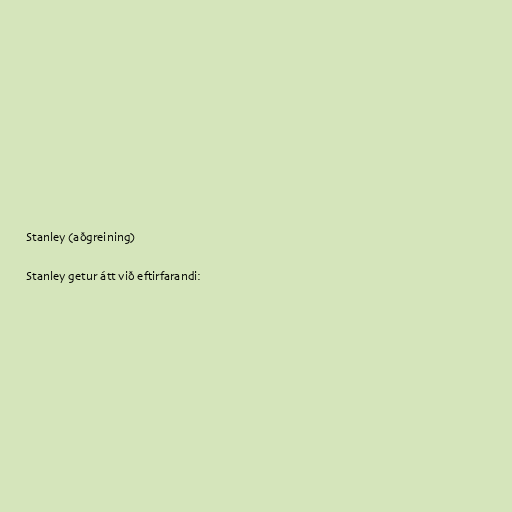
Stanley (aðgreining)

Stanley getur átt við eftirfarandi: